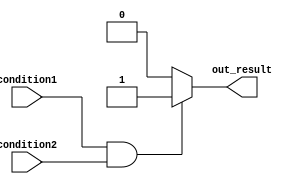
module if_else_example(
    input wire condition1,
    input wire condition2,
    output reg out_result
);

always @(*)
begin
    if (condition1 && condition2) begin
        // Statements to be executed if conditions 1 and 2 are true
        out_result <= 1'b1;
    end
    else begin
        // Statements to be executed if conditions 1 and 2 are not both true
        out_result <= 1'b0;
    end
end

endmodule